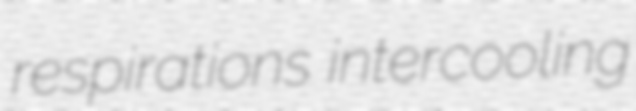
respirations intercooling